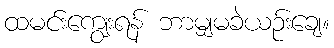
ထမင်းကျွေးရန် ဘာမျှမခဲယဉ်းချေ။